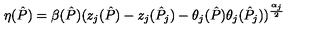
\eta ( \hat { P } ) = \beta ( \hat { P } ) ( z _ { j } ( \hat { P } ) - z _ { j } ( \hat { P } _ { j } ) - \theta _ { j } ( \hat { P } ) \theta _ { j } ( \hat { P } _ { j } ) ) ^ { \frac { \alpha _ { j } } { 2 } }